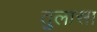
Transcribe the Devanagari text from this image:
तुलासा